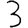
Digit: 3